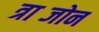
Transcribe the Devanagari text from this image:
त्राब्जोन